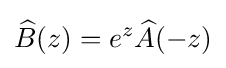
{\widehat {B}}(z)=e^{z}{\widehat {A}}(-z)